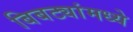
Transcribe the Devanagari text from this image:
बिबट्यांमध्ये